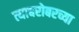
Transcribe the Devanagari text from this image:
त्याबरोबरच्या